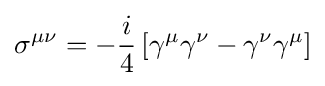
\sigma ^{\mu \nu }=-{\frac {i}{4}}\left[\gamma ^{\mu }\gamma ^{\nu }-\gamma ^{\nu }\gamma ^{\mu }\right]